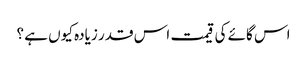
اس گائے کی قیمت اس قدر زیادہ کیوں ہے ؟